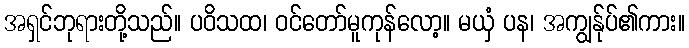
အရှင်ဘုရားတို့သည်။ ပဝိသထ၊ ဝင်တော်မူကုန်လော့။ မယှံ ပန၊ အကျွန်ုပ်၏ကား။